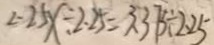
2 . 2 5 x \div 2 . 2 5 = 3 . 3 7 5 \div 2 . 2 5